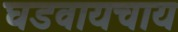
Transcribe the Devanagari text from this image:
घडवायचाय